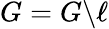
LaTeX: G=G\backslash\ell